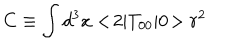
C \equiv \int d ^ { 3 } x < \! 2 | T _ { 0 0 } | 0 \! > r ^ { 2 }